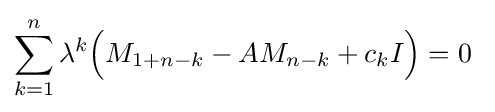
\sum _{k=1}^{n}\lambda ^{k}{\Big (}M_{1+n-k}-AM_{n-k}+c_{k}I{\Big )}=0~